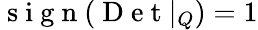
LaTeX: \mathrm{~s~i~g~n~}(\mathrm{~D~e~t~}|_{Q})=1